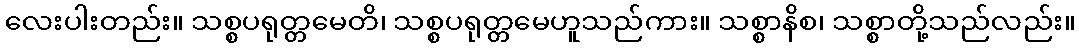
လေးပါးတည်း။ သစ္စပရုတ္တမေတိ၊ သစ္စပရုတ္တမေဟူသည်ကား။ သစ္စာနိစ၊ သစ္စာတို့သည်လည်း။